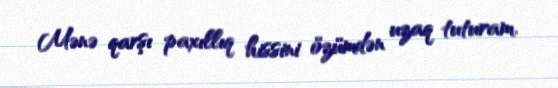
Mənə qarşı paxıllıq hissini özümdən uzaq tuturam.